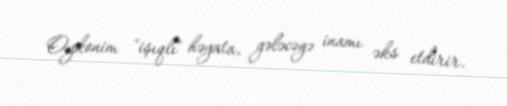
Oykonim "işıqlı" həyata, gələcəyə inamı əks etdirir.